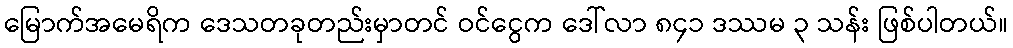
မြောက်အမေရိက ဒေသတခုတည်းမှာတင် ဝင်ငွေက ဒေါ်လာ ၈၄၁ ဒဿမ ၃ သန်း ဖြစ်ပါတယ်။